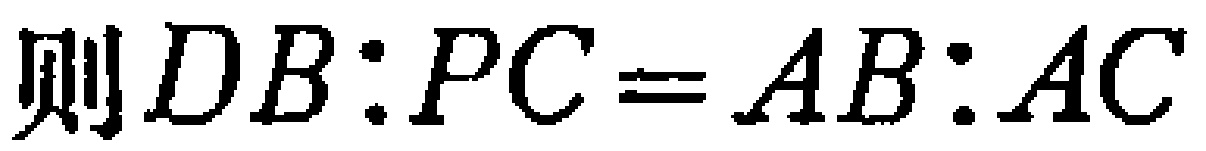
则\(DB:PC = AB:AC\)